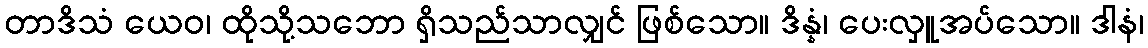
တာဒိသံ ယေဝ၊ ထိုသို့သဘော ရှိသည်သာလျှင် ဖြစ်သော။ ဒိန္နံ၊ ပေးလှူအပ်သော။ ဒါနံ၊